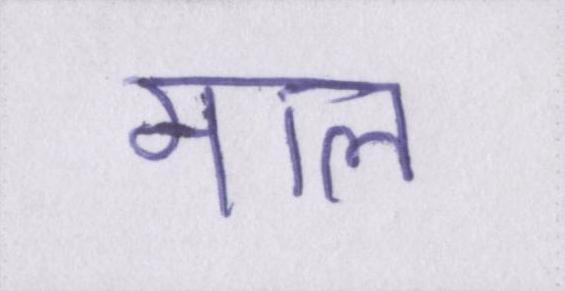
माल